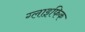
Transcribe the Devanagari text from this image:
ग्लाइफिक